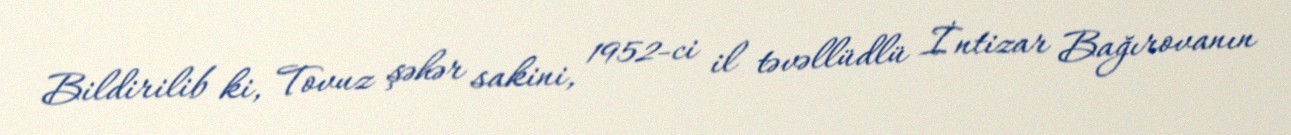
Bildirilib ki, Tovuz şəhər sakini, 1952-ci il təvəllüdlü İntizar Bağırovanın